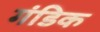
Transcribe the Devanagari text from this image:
गंडिक